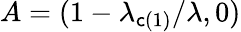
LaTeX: A=(1-\lambda_{\mathsf{c}(1)}/\lambda,0)